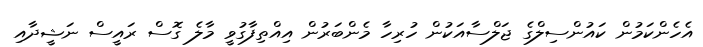
އެހެންކަމުން ކައުންސިލްގެ ޖަލްސާއަކުން ހުރިހާ މެންބަރުން އިއްތިފާގުވީ މާލެ ގޮސް ރައީސް ނަޝީދާއި